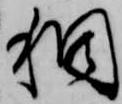
稠